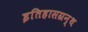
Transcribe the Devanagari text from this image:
इतिहासग्रन्थ